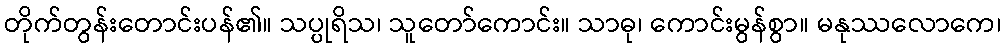
တိုက်တွန်းတောင်းပန်၏။ သပ္ပုရိသ၊ သူတော်ကောင်း။ သာဓု၊ ကောင်းမွန်စွာ။ မနုဿလောကေ၊